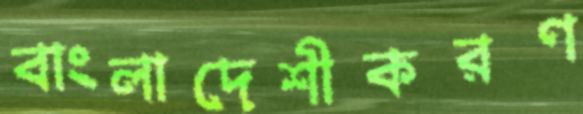
বাংলাদেশীকরণ